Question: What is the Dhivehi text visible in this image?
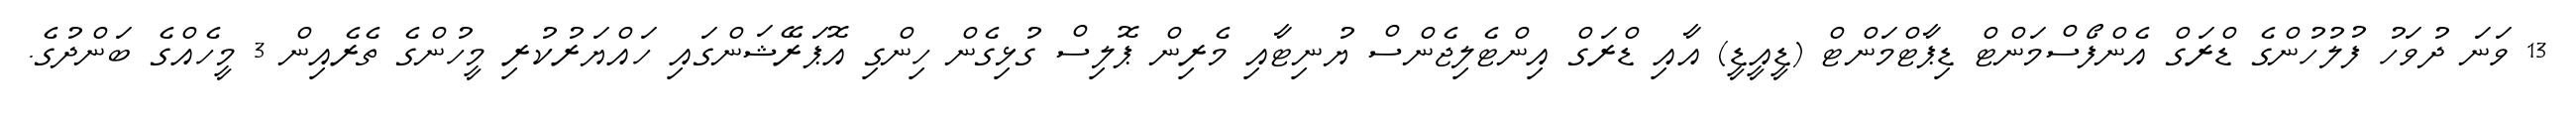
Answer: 13 ވަނަ ދުވަހު ފުލުހުންގެ ޑްރަގް އެންފޯސްމަންޓް ޑިޕާޓްމަންޓް (ޑީއީޑީ) އާއި ޑްރަގް އިންޓެލިޖެންސް ޔުނިޓާއި މެރިން ޕޮލިސް ގުޅިގެން ހިންގި އޮޕަރޭޝަންގައި ހައްޔަރުކުރި މީހުންގެ ތެރެއިން 3 މީހެއްގެ ބަންދުގެ.